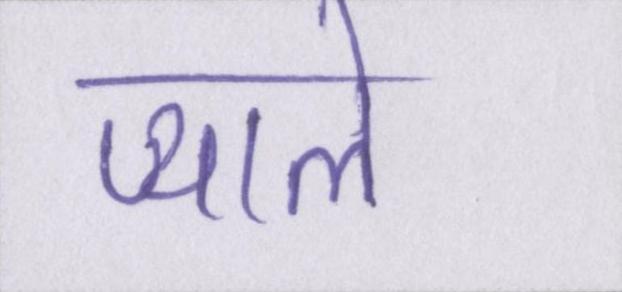
प्याले